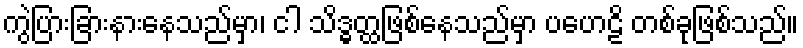
ကွဲပြားခြားနားနေသည်မှာ၊ ငါ သိဒ္ဓတ္ထဖြစ်နေသည်မှာ ပဟေဠိ တစ်ခုဖြစ်သည်။